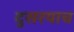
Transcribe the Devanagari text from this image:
दुसरयाच